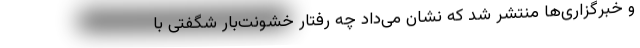
و خبرگزاری‌ها منتشر شد که نشان می‌داد چه رفتار خشونت‌بار شگفتی با